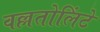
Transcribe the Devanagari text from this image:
वल्लतोलिंटे